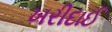
ખરીદાઈ